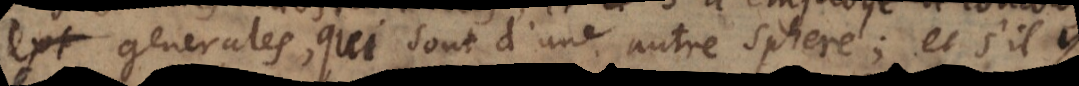
ext generales, qui sont d’une autre sphere; et s’il y